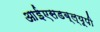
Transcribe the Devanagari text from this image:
आईएसडब्ल्यूपी